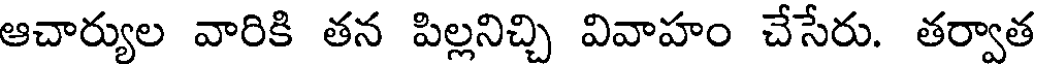
ఆచార్యుల వారికి తన పిల్లనిచ్చి వివాహం చేసేరు. తర్వాత